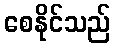
စေနိုင်သည်